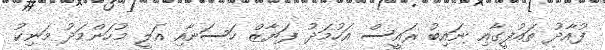
ފުއާދު ތައުފީގާއި ނައިބު ރައީސް އަހުމަދު ފަޔާޒް ހަސަނާއި އަލީ މުހަންމަދު މަނިކު